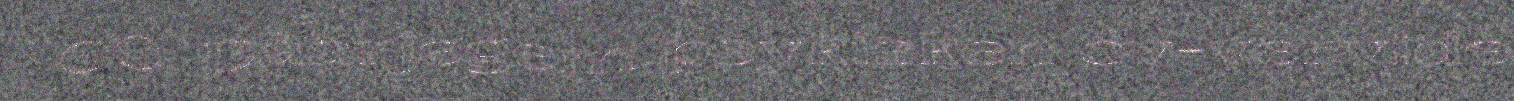
00. Dåarjegem psykisken ov-vervide